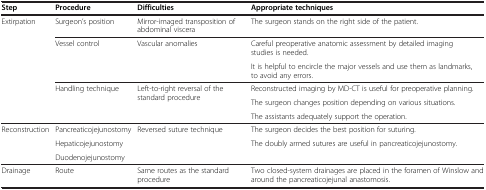
<table><thead><tr><td><b>Step</b></td><td><b>Procedure</b></td><td><b>Difficulties</b></td><td><b>Appropriate techniques</b></td></tr></thead><tbody><tr><td rowspan="6">Extirpation</td><td>Surgeon’s position</td><td>Mirror-imaged transposition of abdominal viscera</td><td>The surgeon stands on the right side of the patient.</td></tr><tr><td rowspan="2">Vessel control</td><td rowspan="2">Vascular anomalies</td><td>Careful preoperative anatomic assessment by detailed imaging studies is needed.</td></tr><tr><td>It is helpful to encircle the major vessels and use them as landmarks, to avoid any errors.</td></tr><tr><td rowspan="3">Handling technique</td><td rowspan="3">Left-to-right reversal of the standard procedure</td><td>Reconstructed imaging by MD-CT is useful for preoperative planning.</td></tr><tr><td>The surgeon changes position depending on various situations.</td></tr><tr><td>The assistants adequately support the operation.</td></tr><tr><td rowspan="3">Reconstruction</td><td>Pancreaticojejunostomy</td><td rowspan="3">Reversed suture technique</td><td>The surgeon decides the best position for suturing.</td></tr><tr><td>Hepaticojejunostomy</td><td rowspan="2">The doubly armed sutures are useful in pancreaticojejunostomy.</td></tr><tr><td>Duodenojejunostomy</td></tr><tr><td>Drainage</td><td>Route</td><td>Same routes as the standard procedure</td><td>Two closed-system drainages are placed in the foramen of Winslow and around the pancreaticojejunal anastomosis.</td></tr></tbody></table>